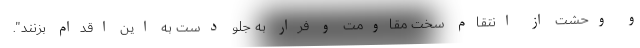
و وحشت از انتقام سخت مقاومت و فرار به جلو دست به این اقدام بزنند".